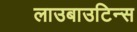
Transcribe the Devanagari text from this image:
लाउबाउटिन्स